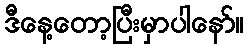
ဒီနေ့တော့ပြီးမှာပါနော်။